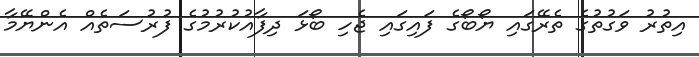
އިތުރު ވަގުތުގެ ތެރޭގައި ޔޯބޯގެ ފައިގައި ޖެހި ބޯޅަ ދިފާއުކުރުމުގެ ފުރުސަތެއް އެންޔޭމާ